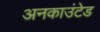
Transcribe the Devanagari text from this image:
अनकाउंटेड